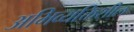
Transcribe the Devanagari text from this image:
अभिव्यक्तिशील